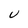
Character: U